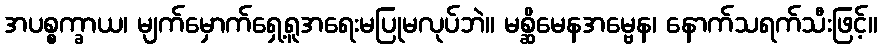
အပစ္စက္ခာယ၊ မျက်မှောက်ရှေ့ရူအရေးမပြုမလုပ်ဘဲ။ မစ္ဆိမေနအမ္ဗေန၊ နောက်သရက်သီးဖြင့်။